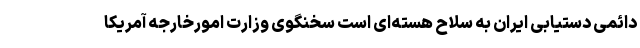
دائمی دستیابی ایران به سلاح هسته‌ای است سخنگوی وزارت امورخارجه آمریکا